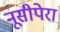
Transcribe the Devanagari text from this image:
नूसीपेरा